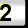
Digit: 2